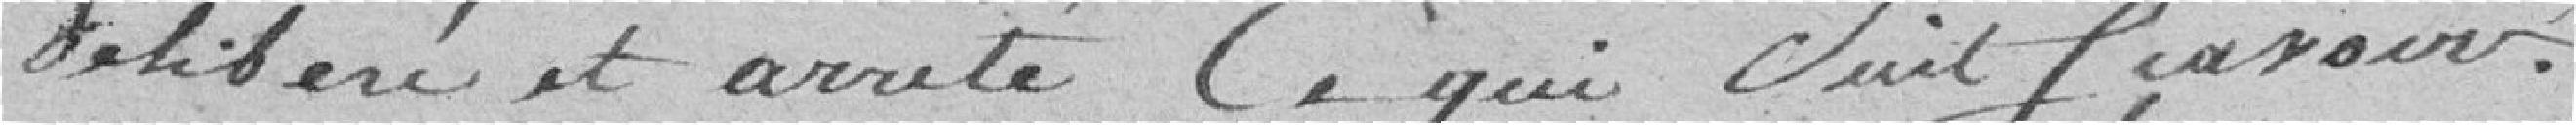
délibéré et arrêté ce qui suit: savoir